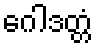
ဂေါဒတ္တံ